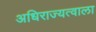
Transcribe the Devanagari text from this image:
अधिराज्यत्वाला